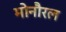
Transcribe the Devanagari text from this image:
मोनौरल